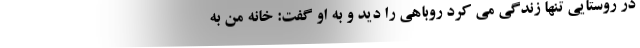
در روستایی تنها زندگی می کرد روباهی را دید و به او گفت: خانه من به